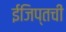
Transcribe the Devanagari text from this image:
ईजिप्तची